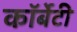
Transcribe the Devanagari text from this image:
कॉर्बेटी